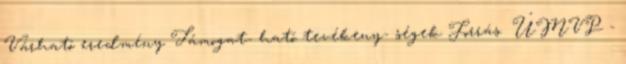
Várható eredmény Támogat- ható tevékeny- ségek Forrás ▪ÚMVP -